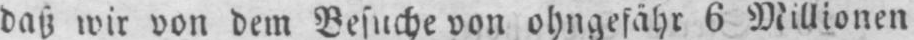
daß wir von dem Besuche von ohngefähr 6 Millionen